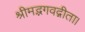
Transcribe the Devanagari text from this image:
श्रीमद्भगवद्गीता।